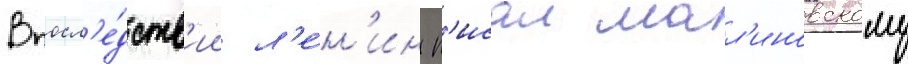
Впосл'е́дств'ии л'е́н'ин п'исал мал'иновскому